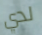
لدي